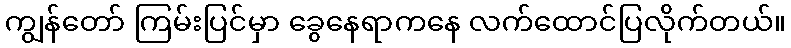
ကျွန်တော် ကြမ်းပြင်မှာ ခွေနေရာကနေ လက်ထောင်ပြလိုက်တယ်။